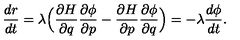
\frac { d r } { d t } = \lambda \Big ( \frac { \partial H } { \partial q } \frac { \partial \phi } { \partial p } - \frac { \partial H } { \partial p } \frac { \partial \phi } { \partial q } \Big ) = - \lambda \frac { d \phi } { d t } .